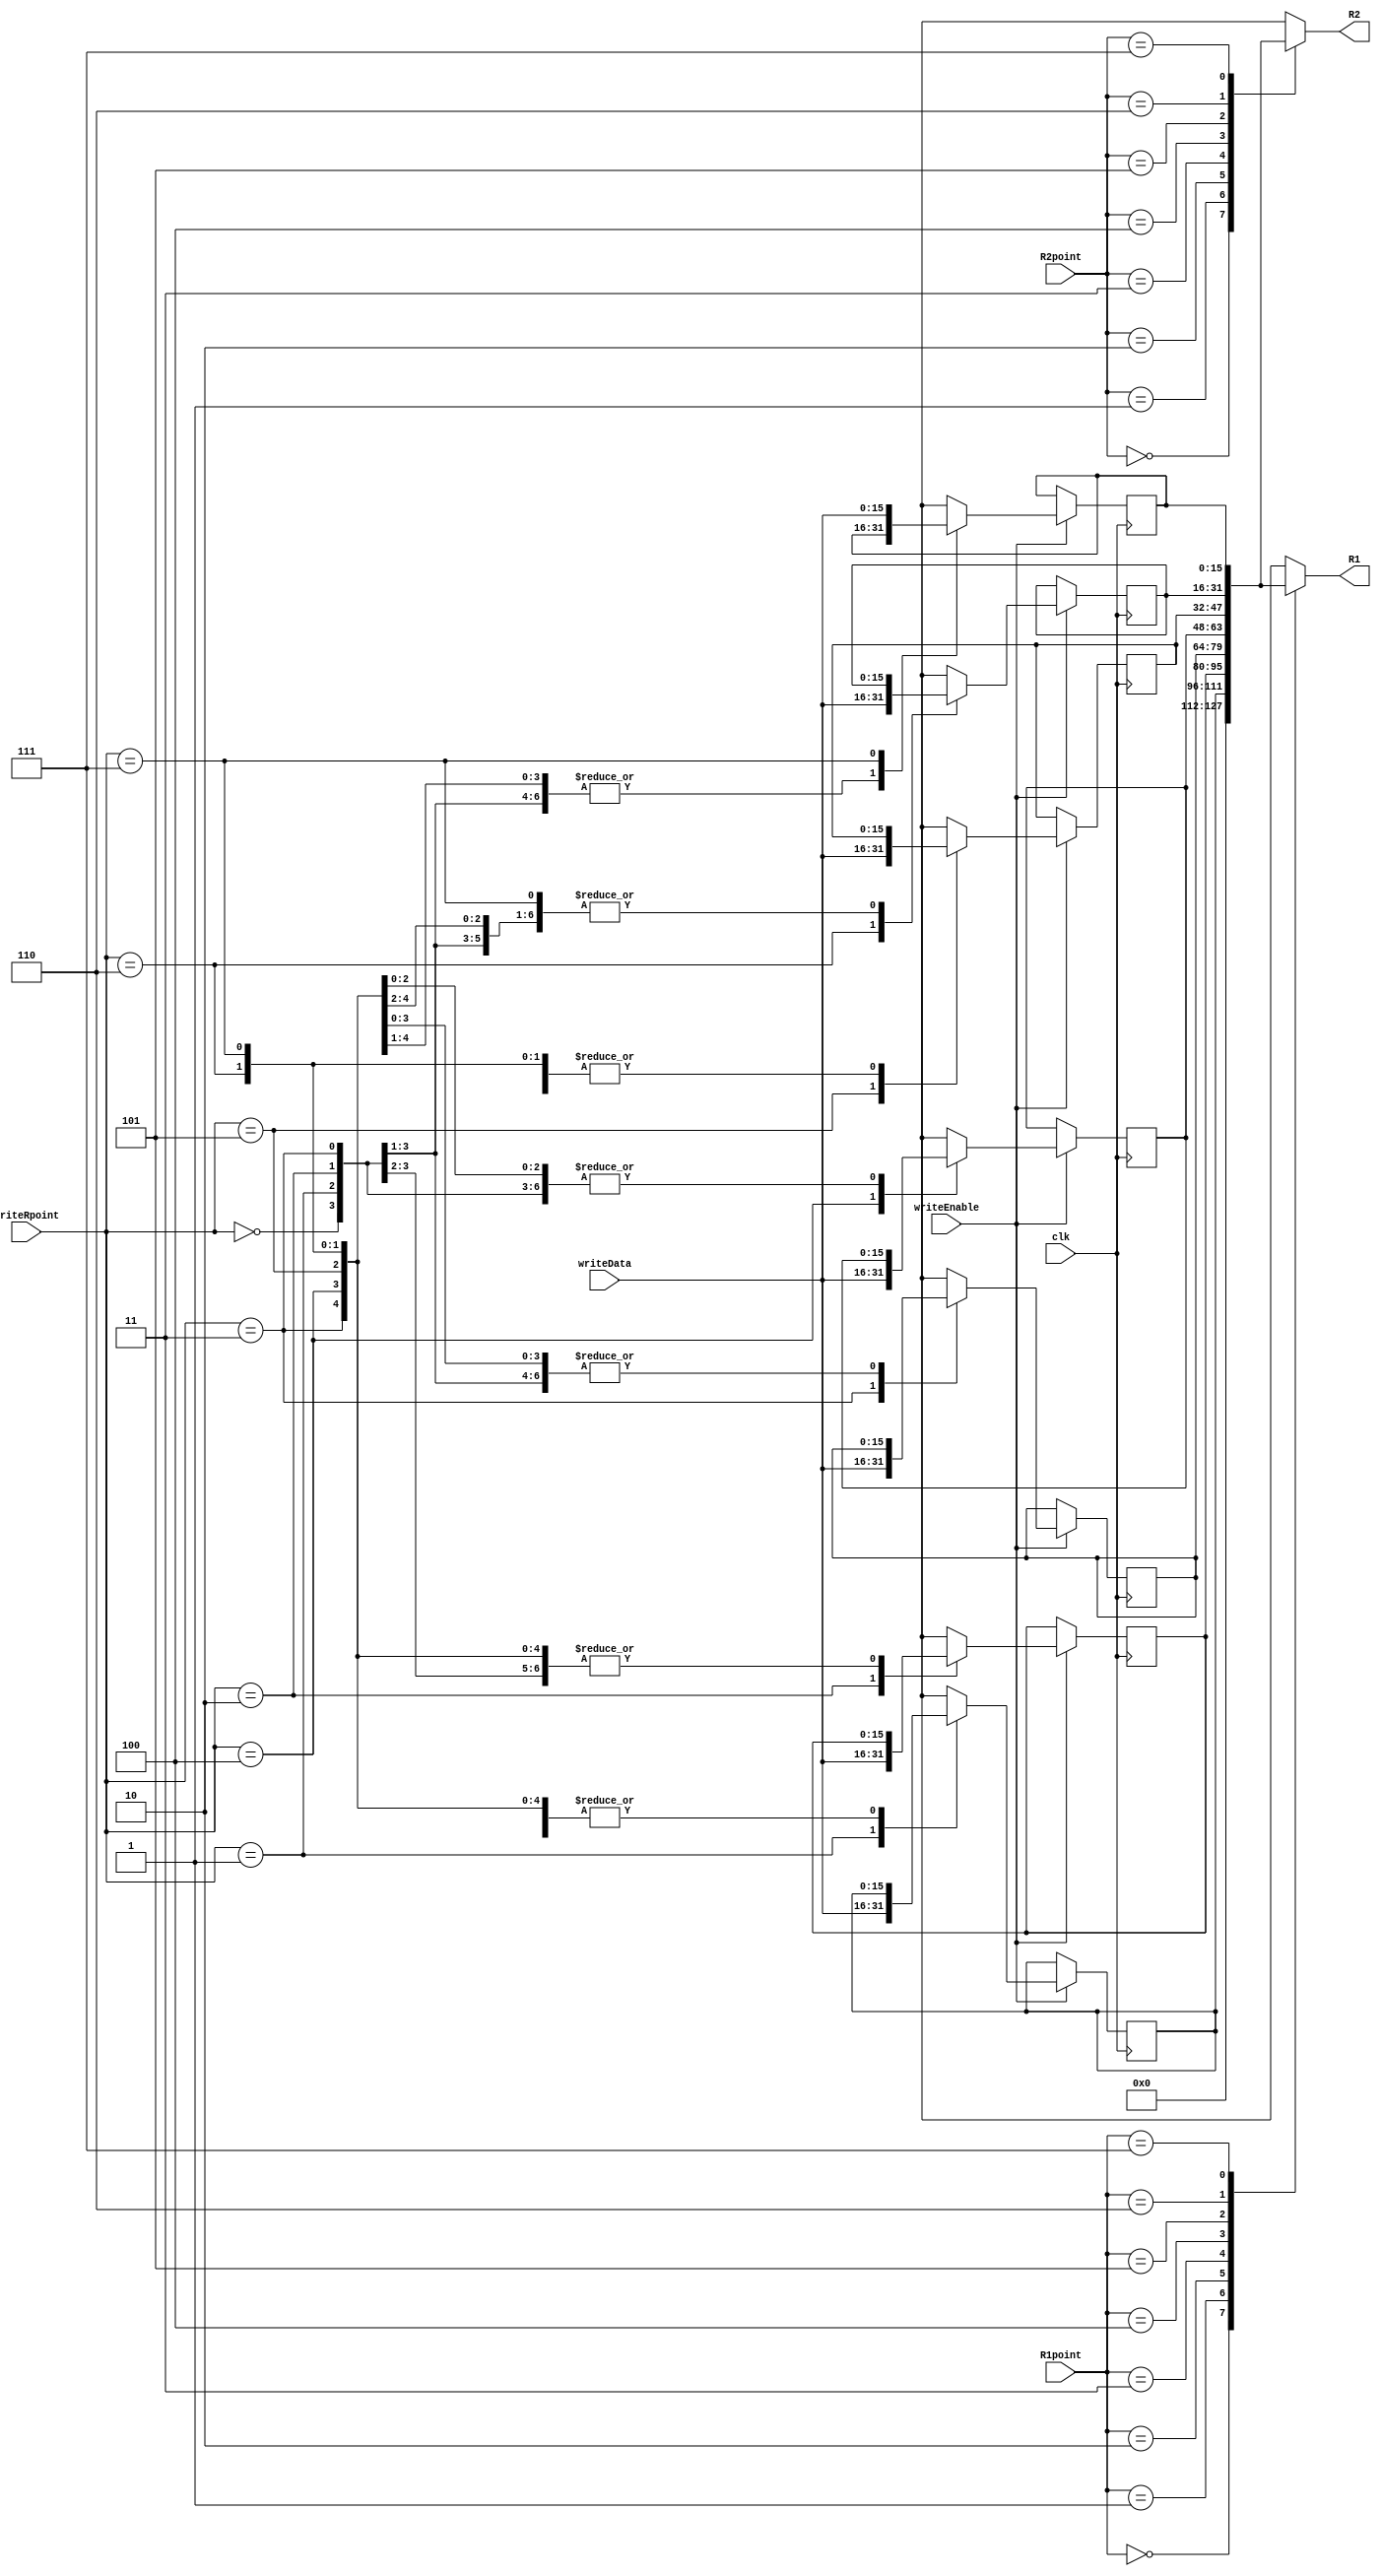
module RegisterFilePure(input clk, input [2:0] R1point, R2point, writeRpoint, input [15:0] writeData, input writeEnable, output reg[15:0] R1, R2);
    reg [15:0] Registers [0:7];

    initial begin
    	Registers[0] = 0;
    	Registers[1] = 0;
    	Registers[2] = 0;
    	Registers[3] = 0;
    	Registers[4] = 0;
    	Registers[5] = 0;
    	Registers[6] = 0;
    	Registers[7] = 0;
    end

    always @(*) begin
		Registers[0] = 0;
		R1 = Registers[R1point];
		R2 = Registers[R2point];
    end

    always @(negedge clk)
		if (writeEnable) Registers[writeRpoint] = writeData;

endmodule